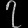
Digit: ၇